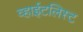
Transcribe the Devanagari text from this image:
व्हाईटलिस्ट